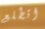
اتطلع